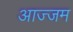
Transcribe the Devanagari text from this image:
आज्जम